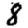
Digit: 8